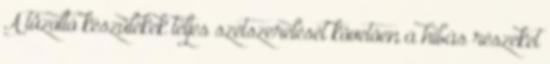
A tûzoltó készülékek teljes szétszerelését követõen a hibás részeket